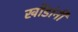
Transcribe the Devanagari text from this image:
खोंडांनी